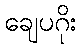
ချေပဂိုး